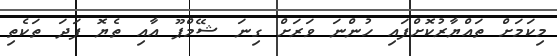
މިކަމަށް ތައްޔާރުކޮށްފައި ހުންނަ ވަރަށް ގިނަ ޝޭމްޕޫ އާއި ތެޔޮ ފަދަ ތަކެތި